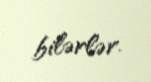
bilərlər.